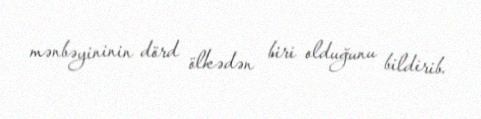
mənbəyininin dörd ölkədən biri olduğunu bildirib.